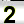
Digit: 2